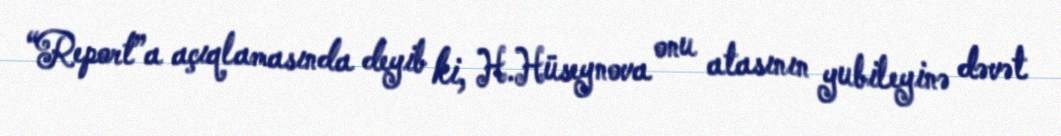
“Report”a açıqlamasında deyib ki, H.Hüseynova onu atasının yubileyinə dəvət